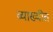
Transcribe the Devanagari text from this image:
व्याख्यीत